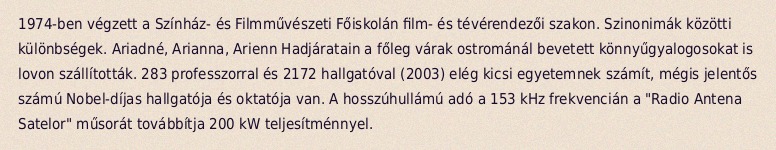
1974-ben végzett a Színház- és Filmművészeti Főiskolán film- és tévérendezői szakon. Szinonimák közötti különbségek. Ariadné, Arianna, Arienn Hadjáratain a főleg várak ostrománál bevetett könnyűgyalogosokat is lovon szállították. 283 professzorral és 2172 hallgatóval (2003) elég kicsi egyetemnek számít, mégis jelentős számú Nobel-díjas hallgatója és oktatója van. A hosszúhullámú adó a 153 kHz frekvencián a "Radio Antena Satelor" műsorát továbbítja 200 kW teljesítménnyel.